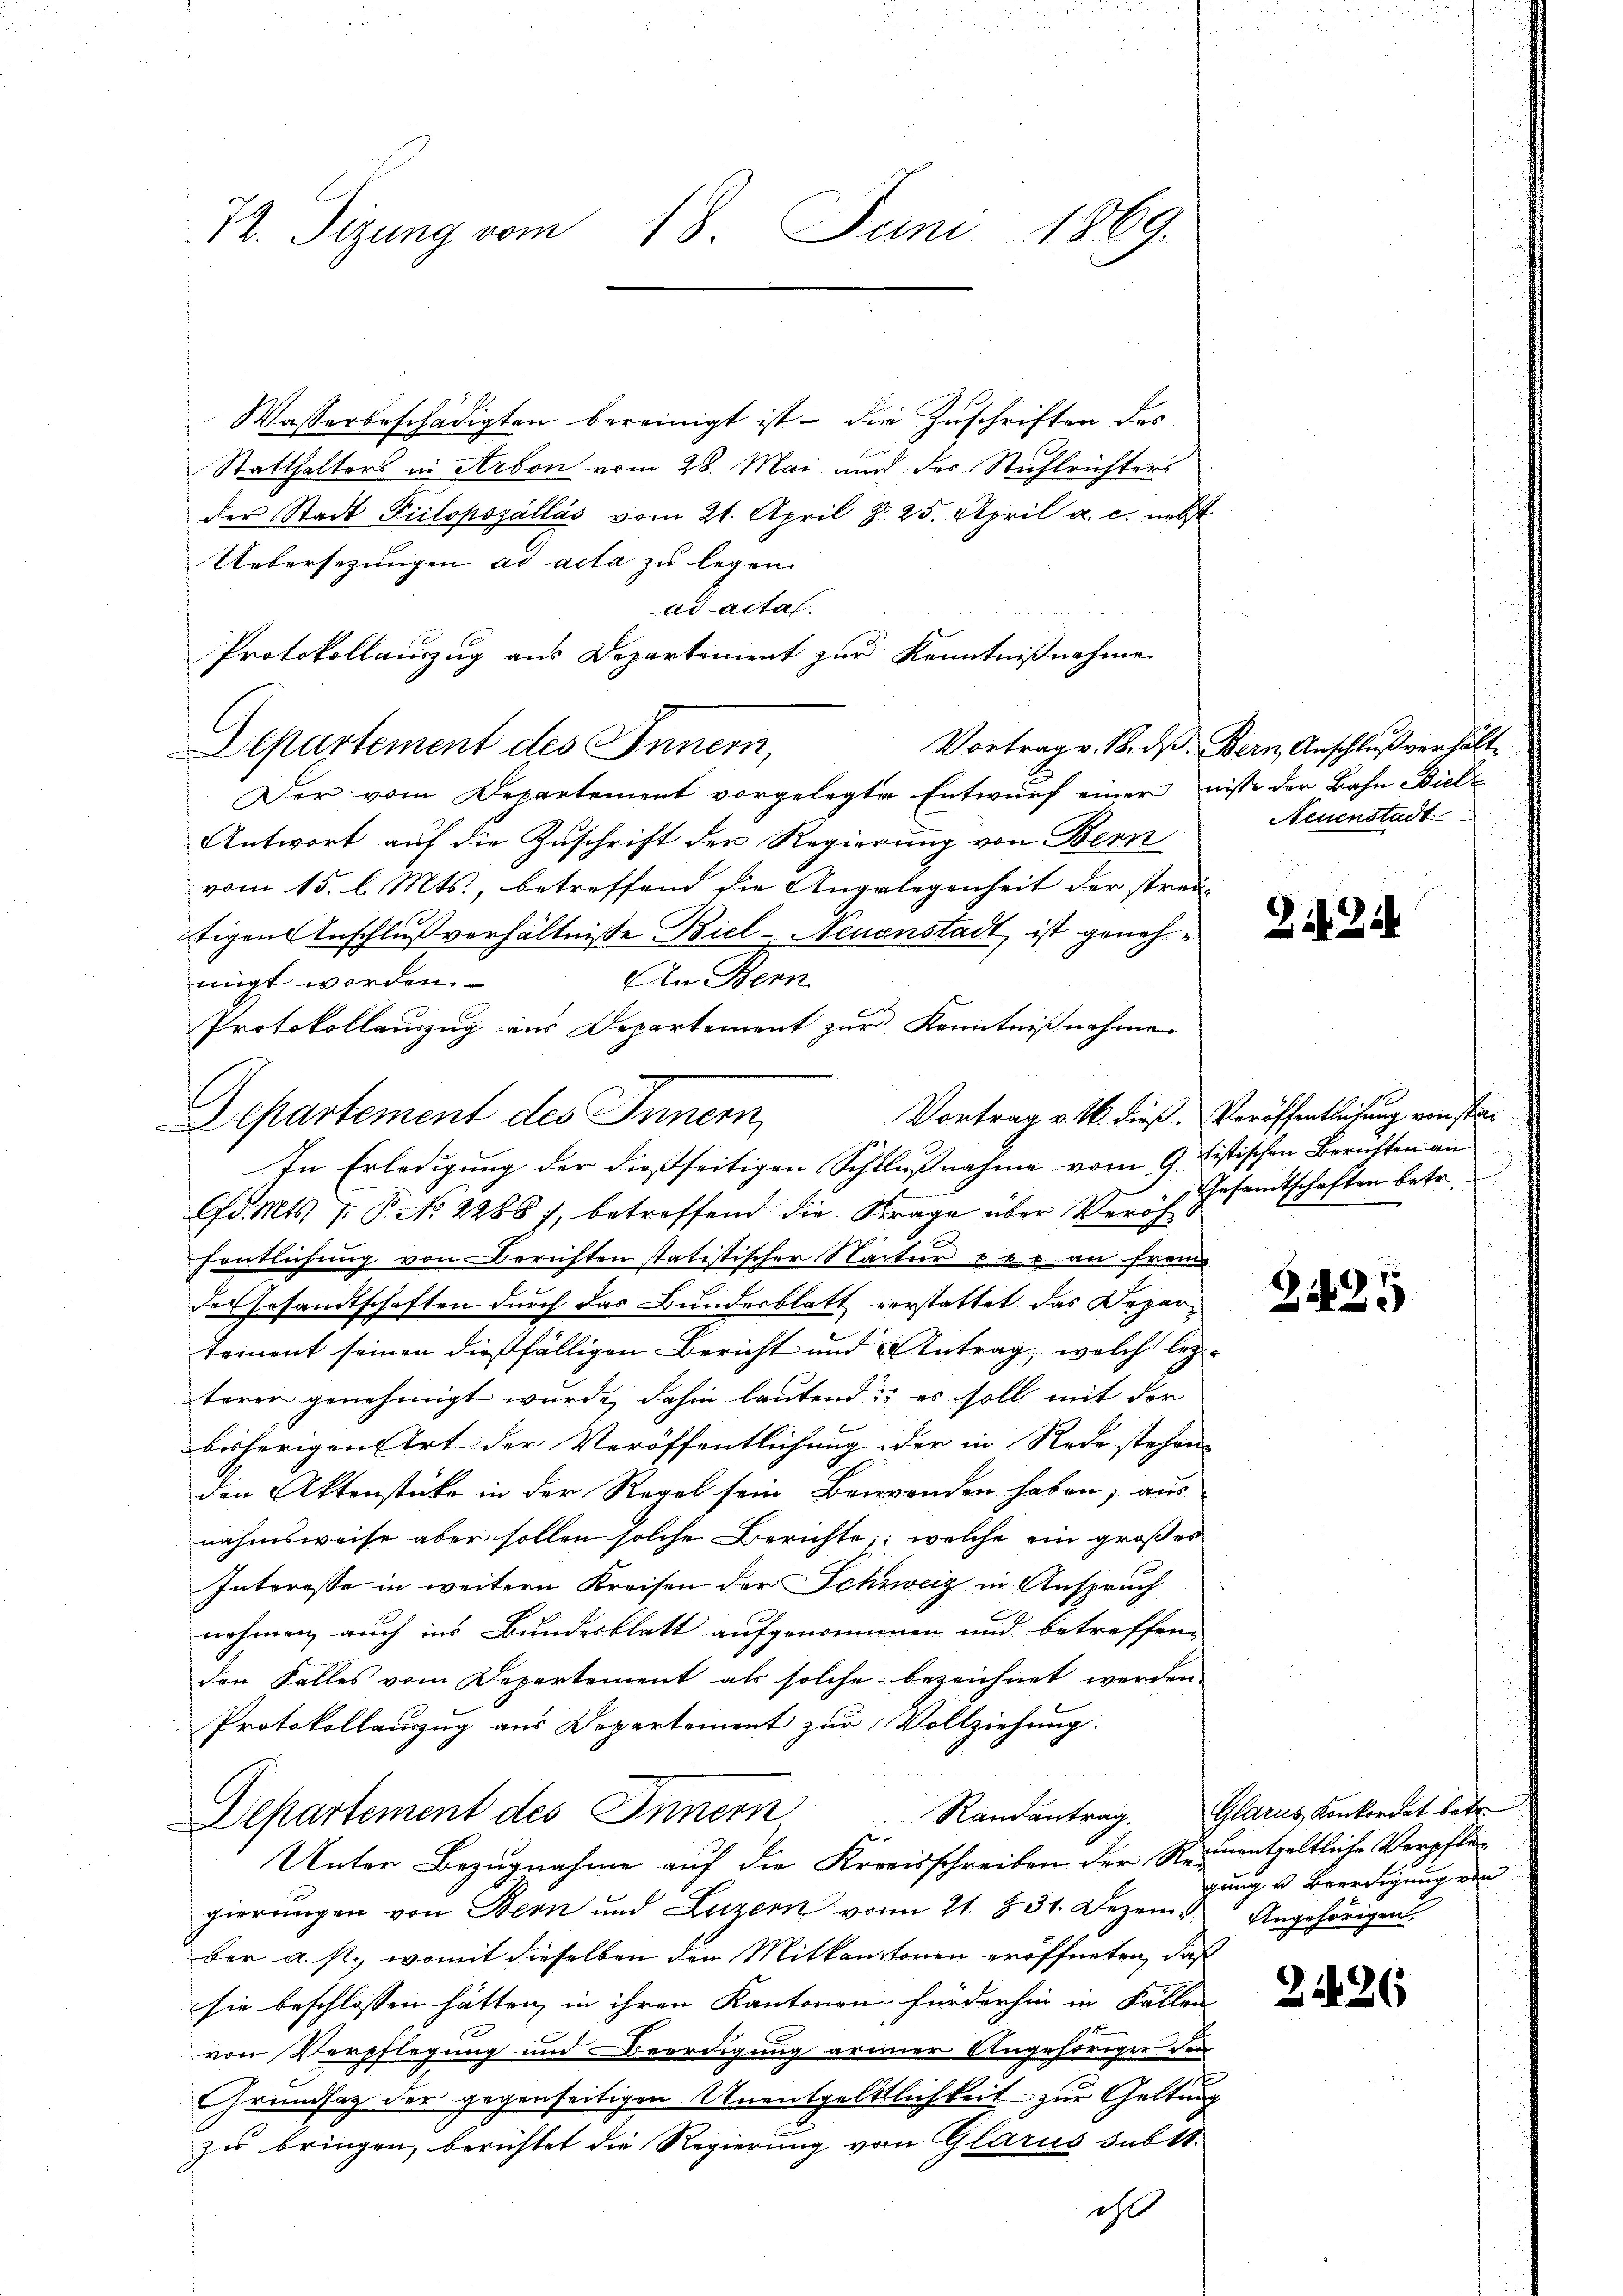
72. Sizung vom 18. Juni 1869.

Wasserbeschädigten bereinigt ist – die Zuschriften des
Statthalters in Arbon vom 28. Mai und des Stuhlrichters
der Stadt Piilopozállás vom 21. April d. 25. April a. c. nebst
Uebersezungen ad acta zu legen.
ad actas.
Protokollauszug aus Departement zur Kenntnißnahme
Departement des Innern,
Der vom Departement vorgelegte Entwurf einer nisse der Bahn Biele
Antwort auf die Zuschrift der Regierung von Bern
vom 15. l. Mts., betreffend die Angelegenheit der streu- |
itigen Anschlußverhältnisse Biel-Neuenstadt, ist geneh¬
An Bern
migt worden.
Protokollauszug aus Departement zur Kenntnißnahme
Departement des Innern,
d. Mts. 7 P. No 2286), betreffend die Frage über Veröf
hrätlichung von Berichten statistischer Nactur & es an frem
des Gesandtschaften durch das Bundesblatt verstattet das Departement seinen dießfälligen Bericht und Antrag, welch lezterer genehmigt wurde, dahin lautend es soll mit der
bisherigen Art der Veröffentlichung der in Rede stehen
den Aktenstücke in der Regel sein Brierenden haben, aus
nahmsweise aber sollen solche Berichte, welche ein großes
Interesse in weitern Kreisen der Schweiz in Anspruch
nohmen auch ins Bundesblatt aufgenommen und betreffen-
den Falles vom Departement als solche bezeichnet werden
Protokollamzug aus Departement zur Vollziehung.
1
Departement des Innern,
Unter Bezugnahme auf die Kreisschreiben der Reinentgeltliche Verpfleg
gierungen von Bern und Luzern vom 21. 831. Dezem. Angehörigen
ber a. st., womit dieselben den Mitkantonen eröffneten, daß
sie beschlossen hätten, in ihren Kantonen fürderhin in Fällen
von Verpflegung und Beerdigung armer Angehöriger den
Grundsatz der gegenseitigen Unentgeltlichkeit zur Geltung
zu bringen, berichtet die Regierung vom Glarus sub 11.
ih

In Erledigung der dießseitigen Schlußnahme vom 9. histischen Berichten an

Vortrag v. 18. dß. Bern, Anschluß verhält¬
Neuenstadt

224.

Vortrag v. M. dieß. Veröffentlichung von sta¬
Gesandtschaften betr.

Z. 125

Randantrag. Glarus Konkordat betr.
gung u Beerdigung von

2126